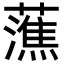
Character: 𧀡